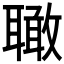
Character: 𦗪